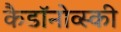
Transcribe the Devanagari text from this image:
कैडाॅनोव्स्की